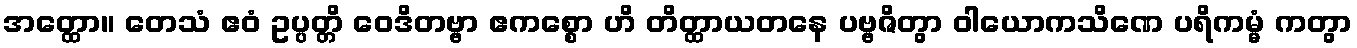
အတ္ထော။ တေသံ ဧဝံ ဥပ္ပတ္တိ ဝေဒိတဗ္ဗာ ဧကစ္စော ဟိ တိတ္ထာယတနေ ပဗ္ဗဇိတွာ ဝါယောကသိဏေ ပရိကမ္မံ ကတွာ